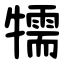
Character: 㹘